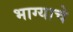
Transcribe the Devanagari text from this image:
भाग्याचे